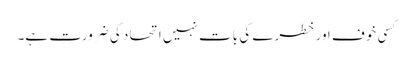
کسی خوف اور خطرے کی بات نہیں اتحاد کی ضرورت ہے۔